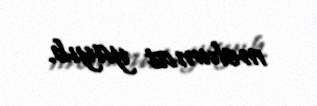
məlumat yayıb.